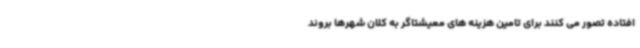
افتاده تصور می کنند برای تامین هزینه های معیشتاگر به کلان شهرها بروند